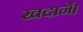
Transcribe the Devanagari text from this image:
खदानें।